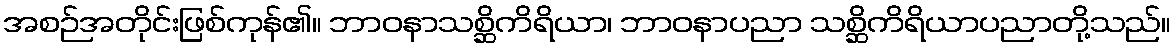
အစဉ်အတိုင်းဖြစ်ကုန်၏။ ဘာဝနာသစ္ဆိကိရိယာ၊ ဘာဝနာပညာ သစ္ဆိကိရိယာပညာတို့သည်။